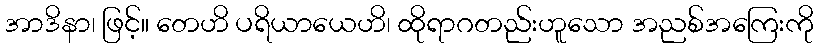
အာဒိနာ၊ ဖြင့်။ တေဟိ ပရိယာယေဟိ၊ ထိုရာဂတည်းဟူသော အညစ်အကြေးကို